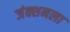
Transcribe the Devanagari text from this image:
जंक्शनला